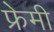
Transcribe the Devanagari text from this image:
फ्रेमी